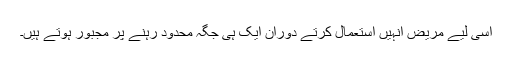
اسی لیے مریض انہیں استعمال کرتے دوران ایک ہی جگہ محدود رہنے پر مجبور ہوتے ہیں۔